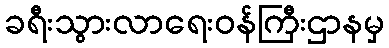
ခရီးသွားလာရေးဝန်ကြီးဌာနမှ